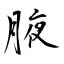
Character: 腋